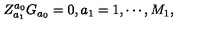
Z _ { a _ { 1 } } ^ { a _ { 0 } } G _ { a _ { 0 } } = 0 , a _ { 1 } = 1 , \cdots , M _ { 1 } ,